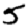
Digit: 5